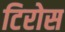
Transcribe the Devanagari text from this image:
टिरोस